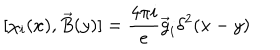
LaTeX: [ \chi _ { i } ( x ) , \vec { B } ( y ) ] = \frac { 4 \pi i } { e } \vec { g } _ { i } \delta ^ { 2 } ( x - y )